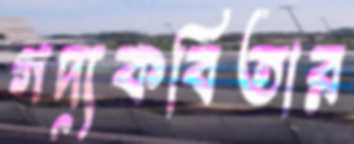
গদ্যকবিতার